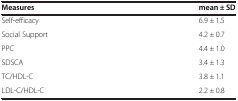
<table><thead><tr><td><b>Measures</b></td><td><b>mean ± SD</b></td></tr></thead><tbody><tr><td>Self-efficacy</td><td>6.9 ± 1.5</td></tr><tr><td>Social Support</td><td>4.2 ± 0.7</td></tr><tr><td>PPC</td><td>4.4 ± 1.0</td></tr><tr><td>SDSCA</td><td>3.4 ± 1.3</td></tr><tr><td>TC/HDL-C</td><td>3.8 ± 1.1</td></tr><tr><td>LDL-C/HDL-C</td><td>2.2 ± 0.8</td></tr></tbody></table>